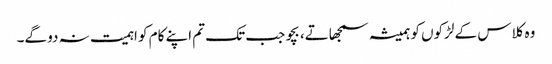
وہ کلاس کے لڑکوں کو ہمیشہ سمجھاتے، بچو جب تک تم اپنے کام کو اہمیت نہ دو گے۔